Indian journal of veterinary science and animal husbandry - Volumes 22-23, 1952-1953
Year: 1952
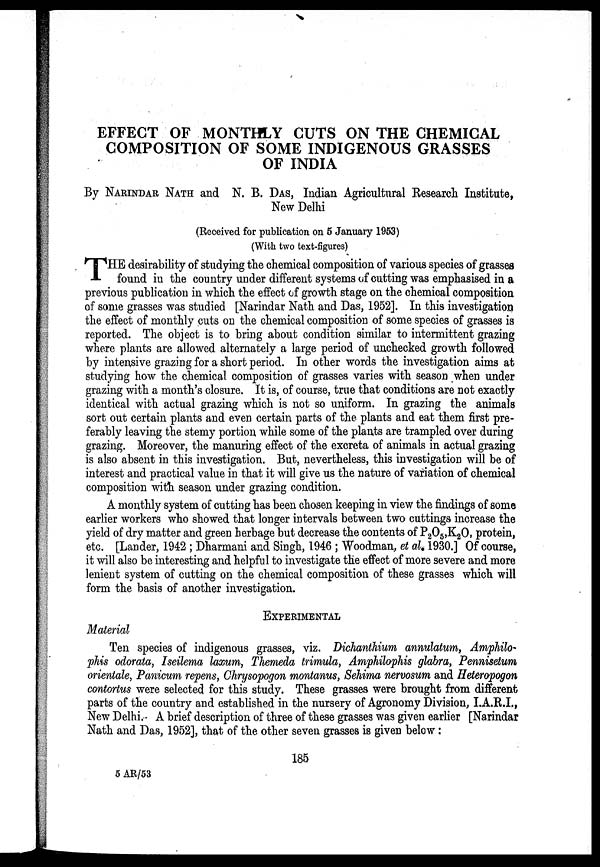
EFFECT OF MONTHLY CUTS ON THE CHEMICAL
COMPOSITION OF SOME INDIGENOUS GRASSES
OF INDIA
By NARINDAR NATH and N. B DAS, Indian Agricultural Research Institute,
New Delhi
(Received for publication on 5 January 1953)
(With two text-figures)
T HE desirability of studying the chemical composition of various species of grasses
found in the country under different systems of cutting was emphasised in a
previous publication in which the effect of growth stage on the chemical composition
of some grasses was studied [Narindar Nath and Das, 1952]. In this investigation
the effect of monthly cuts on the chemical composition of some species of grasses is
reported. The object is to bring about condition similar to intermittent grazing
where plants are allowed alternately a large period of unchecked growth followed
by intensive grazing for a short period. In other words the investigation aims at
studying how the chemical composition of grasses varies with season when under
grazing with a month's closure. It is, of course, true that conditions are not exactly
identical with actual grazing which is not so uniform. In grazing the animals
sort out certain plants and even certain parts of the plants and eat them first pre-
ferably leaving the stemy portion while some of the plants are trampled over during
grazing. Moreover, the manuring effect of the excreta of animals in actual grazing
is also absent in this investigation. But, nevertheless, this investigation will be of
interest and practical value in that it will give us the nature of variation of chemical
composition with season under grazing condition.
A monthly system of cutting has been chosen keeping in view the findings of some
earlier workers who showed that longer intervals between two cuttings increase the
yield of dry matter and green herbage but decrease the contents of P 2 O 5 ,K 2 O, protein,
etc. [Lander, 1942 ; Dharmani and Singh, 1946 ; Woodman, et al., 1930.] Of course,
it will also be interesting and helpful to investigate the effect of more severe and more
lenient system of cutting on the chemical composition of these grasses which will
form the basis of another investigation.
EXPERIMENTAL
Material
Ten species of indigenous grasses, viz. Dichanthium annulatum, Amphilo-
phis odorata, Iseilema laxum, Themeda trimula, Amphilophis glabra, Pennisetum
orientale, Panicum repens, Chrysopogon montanus, Sehima nervosum and Heteropogon
contortus were selected for this study. These grasses were brought from different
parts of the country and established in the nursery of Agronomy Division, I.A.R.I.,
New Delhi. A brief description of three of these grasses was given earlier [Narindar
Nath and Das, 1952], that of the other seven grasses is given below:
185
5 AR/53